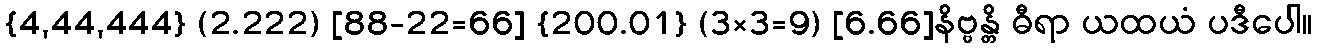
{4,44,444} (2.222) [88-22=66] {200.01} (3×3=9) [6.66]နိဗ္ဗန္တိ ဓီရာ ယထယံ ပဒီပေါ။